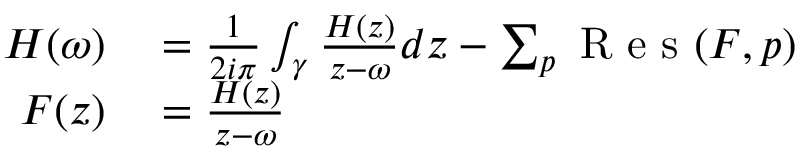
\begin{array} { r } { \begin{array} { r l } { H ( \omega ) } & { { } = \frac { 1 } { 2 i \pi } \int _ { \gamma } \frac { H ( z ) } { z - \omega } d z - \sum _ { p } \mathrm { ~ R ~ e ~ s ~ } ( F , p ) } \\ { F ( z ) } & { { } = \frac { H ( z ) } { z - \omega } } \end{array} } \end{array}